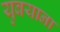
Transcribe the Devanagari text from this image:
युबयाना